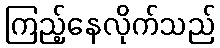
ကြည့်နေလိုက်သည်